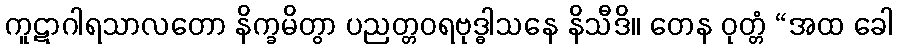
ကူဋာဂါရသာလတော နိက္ခမိတွာ ပညတ္တဝရဗုဒ္ဓါသနေ နိသီဒိ။ တေန ဝုတ္တံ “အထ ခေါ